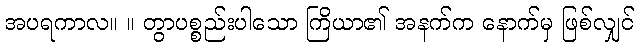
အပရကာလ။ ။ တွာပစ္စည်းပါသော ကြိယာ၏ အနက်က နောက်မှ ဖြစ်လျှင်